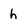
Character: h